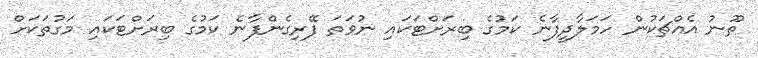
ތޫނު އެއްޗަކުން ހަމަލާދީފާނެ ކަމުގެ ބިރަށްޓަކައި ނުވަތަ ފޭރިގެންފާނެ ކަމުގެ ބިރަށްޓަކައި މަގުތަކަށް